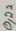
Text: 0,22